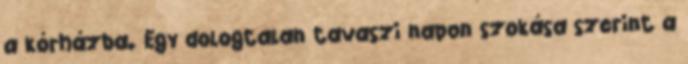
a kórházba. Egy dologtalan tavaszi napon szokása szerint a